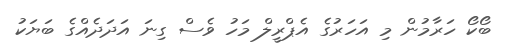
ބޯކޯ ހަރާމުން މި އަހަރުގެ އެޕްރީލް މަހު ވެސް ގިނަ އަދަދެއްގެ ބަޔަކު